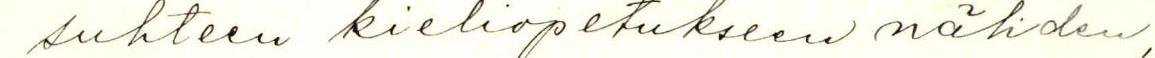
suhteen kieliopetukseen nähden,